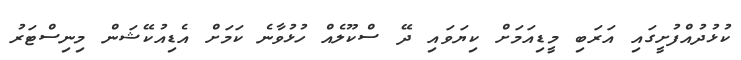
ކުޅުދުއްފުށީގައި އަރަބި މީޑިއަމަށް ކިޔަވައި ދޭ ސްކޫލެއް ހުޅުވާނެ ކަމަށް އެޑިއުކޭޝަން މިނިސްޓަރު